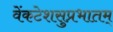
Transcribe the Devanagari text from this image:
वेंकटेशसुप्रभातम्